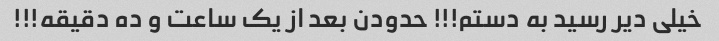
خیلی دیر رسید به دستم!!! حدودن بعد از یک ساعت و ده دقیقه!!!